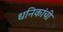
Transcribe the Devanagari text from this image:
धनिकांची